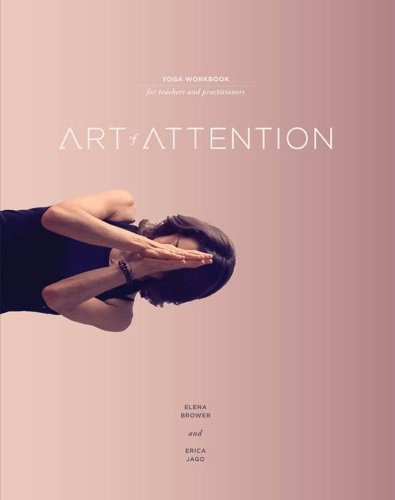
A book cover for Art of Attention: Book One; Elena Brower; Health, Fitness & Dieting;